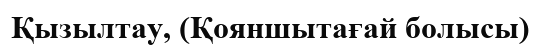
Қызылтау, (Қояншытағай болысы)